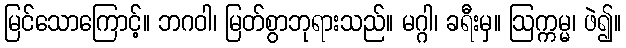
မြင်သောကြောင့်။ ဘဂဝါ၊ မြတ်စွာဘုရားသည်။ မဂ္ဂါ၊ ခရီးမှ။ ဩက္ကမ္မ၊ ဖဲ၍။